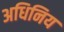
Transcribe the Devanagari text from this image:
अधिनिय